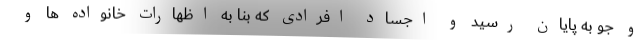
و جو به پایان رسید و اجساد افرادی که بنا به اظهارات خانواده ها و